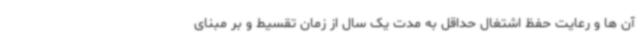
آن ها و رعایت حفظ اشتغال حداقل به مدت یک سال از زمان تقسیط و بر مبنای